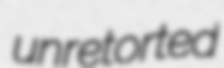
unretorted